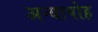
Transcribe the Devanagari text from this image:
अन्यापोह